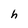
Character: h